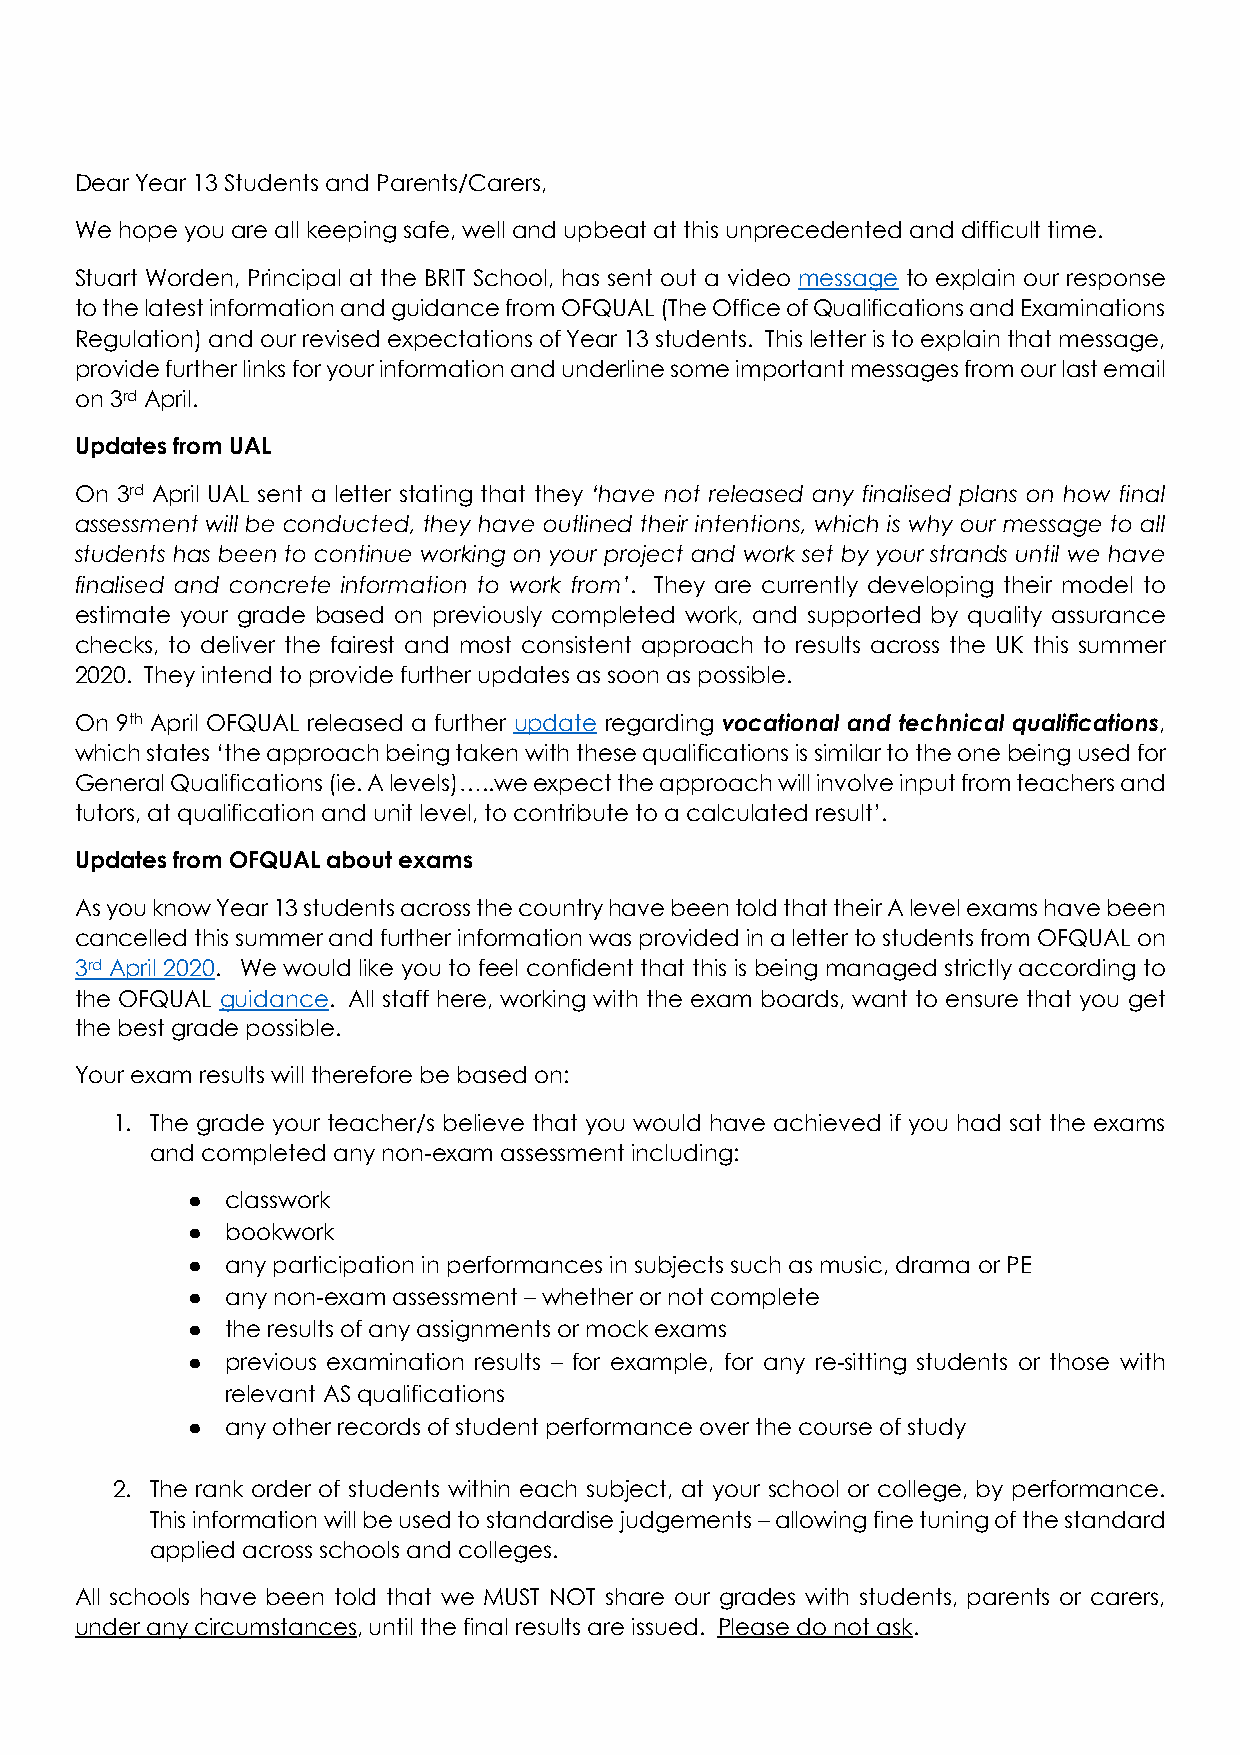
Dear Year 13 Students and Parents/Carers,
 We hope you are all keeping safe, well and upbeat at this unprecedented and difficult time.
 Stuart Worden, Principal at the BRIT School, has sent out a video message to explain our response
 to the latest information and guidance from OFQUAL (The Office of Qualifications and Examinations
 Regulation) and our revised expectations of Year 13 students. This letter is to explain that message,
 provide further links for your information and underline some important messages from our last email
 on 3rd April.
 Updates from UAL
 On 3rd April UAL sent a letter stating that they ‘have not released any finalised plans on how final
 assessment will be conducted, they have outlined their intentions, which is why our message to all
 students has been to continue working on your project and work set by your strands until we have
 finalised and concrete information to work from’. They are currently developing their model to
 estimate your grade based on previously completed work, and supported by quality assurance
 checks, to deliver the fairest and most consistent approach to results across the UK this summer
 2020. They intend to provide further updates as soon as possible.
 On 9th April OFQUAL released a further update regarding vocational and technical qualifications,
 which states ‘the approach being taken with these qualifications is similar to the one being used for
 General Qualifications (ie. A levels)…..we expect the approach will involve input from teachers and
 tutors, at qualification and unit level, to contribute to a calculated result’.
 Updates from OFQUAL about exams
 As you know Year 13 students across the country have been told that their A level exams have been
 cancelled this summer and further information was provided in a letter to students from OFQUAL on
 3rd April 2020. We would like you to feel confident that this is being managed strictly according to
 the OFQUAL guidance. All staff here, working with the exam boards, want to ensure that you get
 the best grade possible.
 Your exam results will therefore be based on:
 1. The grade your teacher/s believe that you would have achieved if you had sat the exams
 and completed any non-exam assessment including:
 ●  classwork
 ●  bookwork
 ●  any participation in performances in subjects such as music, drama or PE
 ●  any non-exam assessment – whether or not complete
 ●  the results of any assignments or mock exams
 ●  previous examination results – for example, for any re-sitting students or those with
 relevant AS qualifications
 ●  any other records of student performance over the course of study
 2. The rank order of students within each subject, at your school or college, by performance.
 This information will be used to standardise judgements – allowing fine tuning of the standard
 applied across schools and colleges.
 All schools have been told that we MUST NOT share our grades with students, parents or carers,
 under any circumstances, until the final results are issued. Please do not ask.